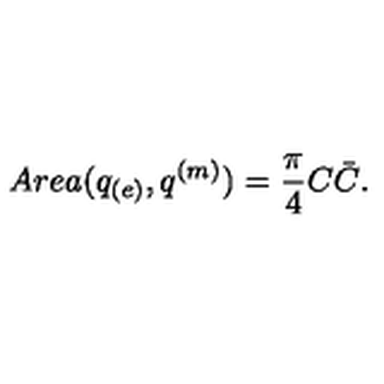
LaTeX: A r e a ( q _ { ( e ) } , q ^ { ( m ) } ) = { \frac { \pi } { 4 } } C \bar { C } .